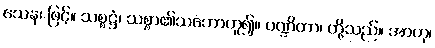
သေန၊ ဖြင့်။ သစ္စဋ္ဌံ၊ သစ္စာ၏သဘောဟူ၍။ ပဏ္ဍိတာ၊ တို့သည်။ အာဟု၊